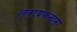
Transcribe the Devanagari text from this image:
लतायफनामा